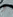
و